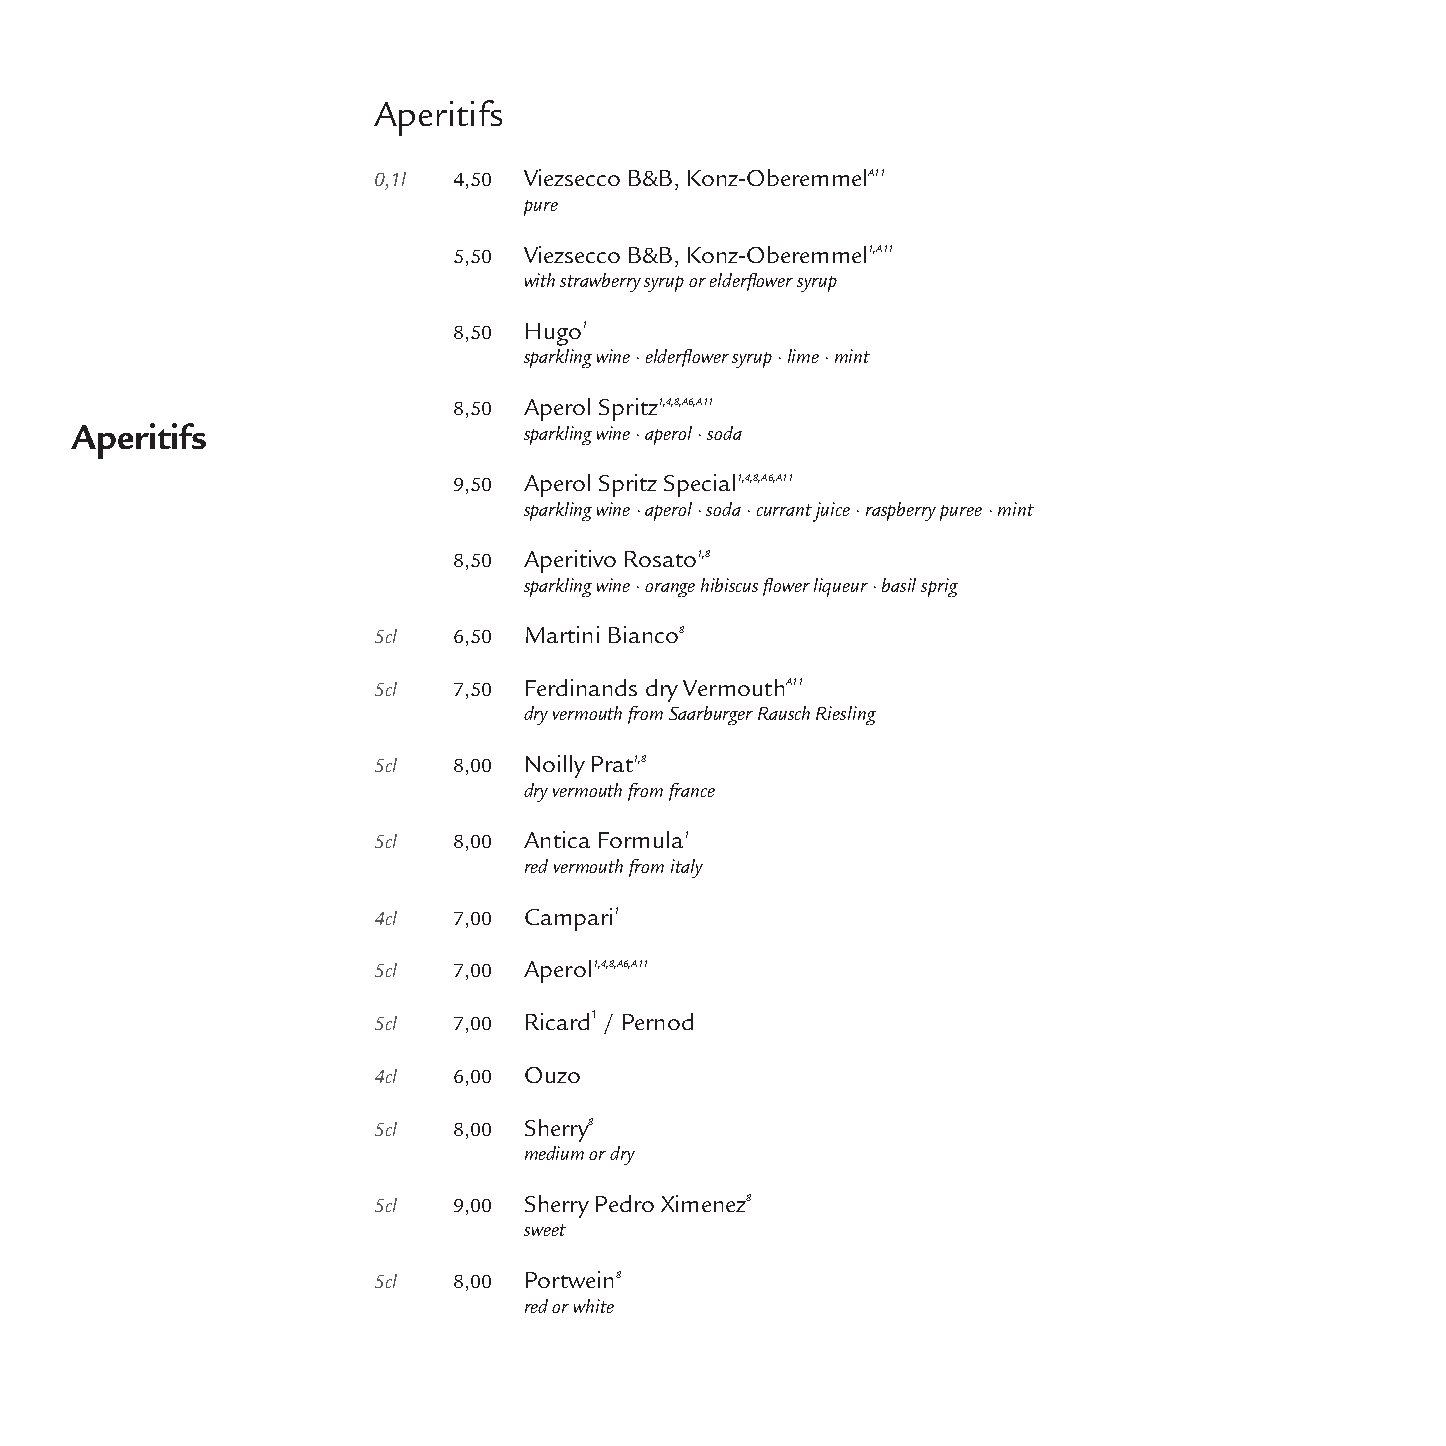
Aperitifs
 0,1l 4,50 Viezsecco B&B, Konz-OberemmelA11
 pure
 5,50 Viezsecco B&B, Konz-Oberemmel1,A11
 with strawberry syrup or elderflower syrup
 8,50 Hugo1
 sparkling wine · elderflower syrup · lime · mint
 8,50 Aperol Spritz1,4,8,A6,A11
 Aperitifs                     sparkling wine · aperol · soda
 9,50 Aperol Spritz Special1,4,8,A6,A11
 sparkling wine·aperol·soda·currant juice·raspberry puree·mint
 8,50 Aperitivo Rosato1,8
 sparkling wine · orange hibiscusflower liqueur · basil sprig
 5cl  6,50 Martini Bianco8
 5cl  7,50 Ferdinands dry VermouthA11
 dry vermouth from Saarburger Rausch Riesling
 5cl  8,00 Noilly Prat1,8
 dry vermouth from france
 5cl  8,00 Antica Formula1
 red vermouth from italy
 4cl  7,00 Campari1
 5cl  7,00 Aperol1,4,8,A6,A11
 5cl  7,00 Ricard1/ Pernod
 4cl  6,00 Ouzo
 5cl  8,00 Sherry8
 medium or dry
 5cl  9,00 Sherry Pedro Ximenez8
 sweet
 5cl  8,00 Portwein8
 red or white